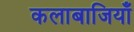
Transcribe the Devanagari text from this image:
कलाबाजियाँ